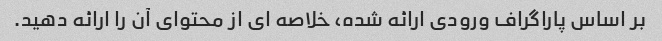
بر اساس پاراگراف ورودی ارائه شده، خلاصه ای از محتوای آن را ارائه دهید.